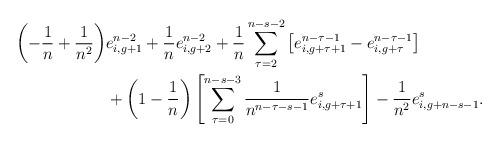
LaTeX: \begin{align*}\left(-\frac{1}{n}+\frac{1}{n^2}\right)&e_{i,g+1}^{n-2}+\frac{1}{n}e_{i,g+2}^{n-2}+\frac{1}{n}\sum_{\tau=2}^{n-s-2}\left[e^{n-\tau-1}_{i,g+\tau+1}-e_{i,g+\tau}^{n-\tau-1}\right] \\&+\left(1-\frac{1}{n}\right)\left[\sum_{\tau=0}^{n-s-3}\frac{1}{n^{n-\tau-s-1}}e^{s}_{i,g+\tau+1}\right] -\frac{1}{n^2}e_{i,g+n-s-1}^s .\end{align*}